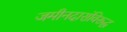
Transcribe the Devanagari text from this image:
जमीनदारांविरूद्घ